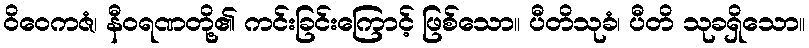
ဝိဝေကဇံ၊ နီဝရဏတို့၏ ကင်းခြင်းကြောင့် ဖြစ်သော။ ပီတိသုခံ၊ ပီတိ သုခရှိသော။